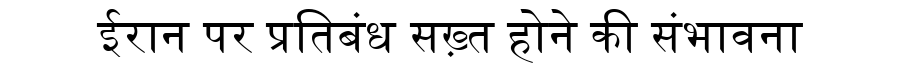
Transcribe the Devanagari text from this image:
ईरान पर प्रतिबंध सख़्त होने की संभावना